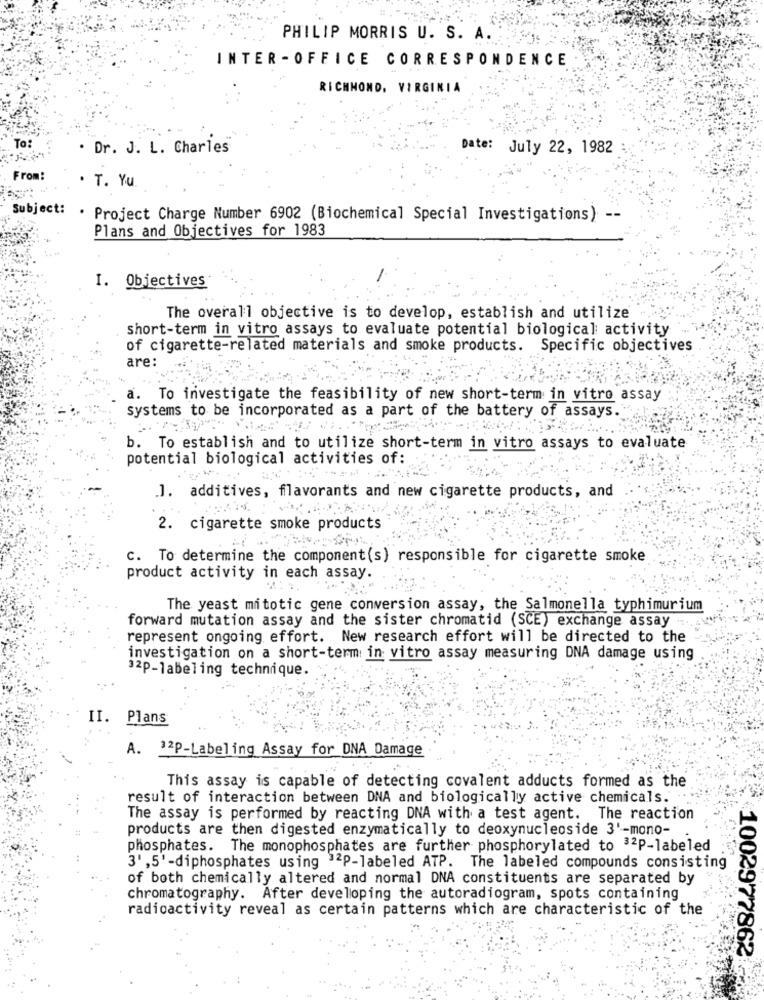
PHILIP MORRIS U. S. A. ..
INTER -OFFICE CORRESPONDENCE
RICHMOND, VIRGINIA
To:
. Dr. J. L. Charles
Date: July 22, 1982
From:
. T. Yu.
Subject: . Project Charge Number 6902 (Biochemical Special Investigations) --
Plans and Objectives for 1983
I. Objectives
The overall objective is to develop, establish and utilize
short-term in vitro assays to evaluate potential biological activity
of cigarette-related materials and smoke products. Specific objectives
are:
. To investigate the feasibility of new short-term in vitro assay
systems to be incorporated as a part of the battery of assays.
b. To establish and to utilize short-term in vitro assays to evaluate
potential biological activities of:
.]. additives, flavorants and new cigarette products, and
2. cigarette smoke products
c. To determine the component(s) responsible for cigarette smoke
product activity in each assay.
The yeast mitotic gene conversion assay, the Salmonella typhimurium
forward mutation assay and the sister chromatid (SCE) exchange assay ....
represent ongoing effort. New research effort will be directed to the
investigation on a short-term in vitro assay measuring DNA damage using
32P-labeling technique.
II. Plans
A. 32P-Labeling Assay for DNA Damage
This assay is capable of detecting covalent adducts formed as the
result of interaction between DNA and biologically active chemicals.
The assay is performed by reacting DNA with a test agent. The reaction
products are then digested enzymatically to deoxynucleoside 3'-mono-
phosphates. The monophosphates are further phosphorylated to 32P-labeled
3' ,5'-diphosphates using 32P-labeled ATP. The labeled compounds consisting
of both chemically altered and normal DNA constituents are separated by
chromatography. After developing the autoradiogram, spots containing
radioactivity reveal as certain patterns which are characteristic of the
1002977862